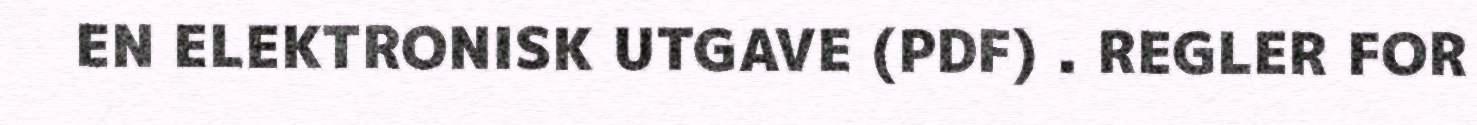
EN ELEKTRONISK UTGAVE (PDF) . REGLER FOR